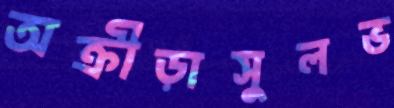
অক্রীড়াসুলভ